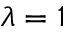
\lambda = 1